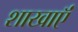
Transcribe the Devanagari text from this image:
शाखाऍं